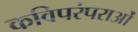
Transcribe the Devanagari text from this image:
कविपरंपराओं